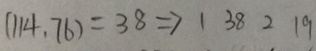
( 1 1 4 , 7 6 ) = 3 8 \Rightarrow 1 3 8 2 1 9